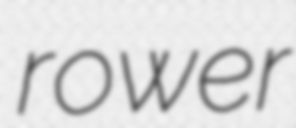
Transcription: rower